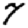
Digit: 7